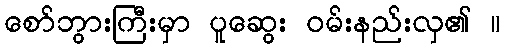
စော်ဘွားကြီးမှာ ပူဆွေး ဝမ်းနည်းလှ၏ ။